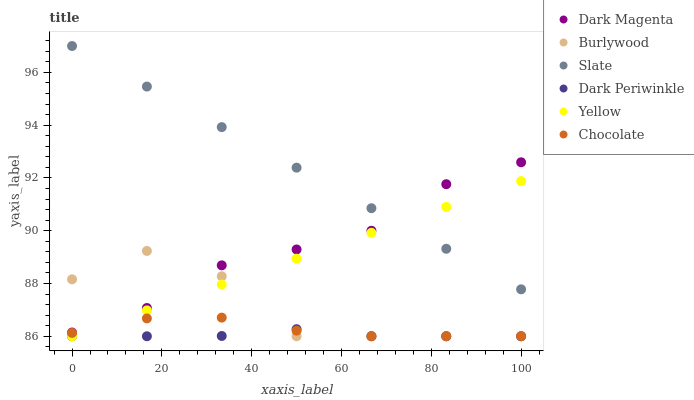
| xaxis_label | Dark Magenta | Burlywood | Slate | Dark Periwinkle | Yellow | Chocolate |
 | --- | --- | --- | --- | --- | --- | --- |
 | 0 | 86.1 | 88.2 | 97 | 86 | 86 | 86.1 |
 | 16.7 | 87.1 | 89.2 | 95.5 | 86 | 87 | 86.7 |
 | 33.3 | 88.7 | 88.3 | 93.9 | 86 | 88 | 86.7 |
 | 50 | 89.3 | 86 | 92.4 | 86.3 | 88.9 | 86.2 |
 | 66.7 | 90 | 86 | 90.9 | 86 | 89.9 | 86 |
 | 83.3 | 91.8 | 86 | 89.3 | 86 | 90.9 | 86 |
 | 100 | 92.6 | 86 | 87.8 | 86 | 91.9 | 86 |